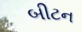
બીટન